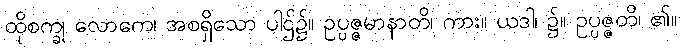
ထိုစက္ခု လောကေ၊ အစရှိသော ပါဌ်၌။ ဥပ္ပဇ္ဇမာနာတိ၊ ကား။ ယဒါ၊ ၌။ ဥပ္ပဇ္ဇတိ၊ ၏။